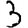
Digit: 3